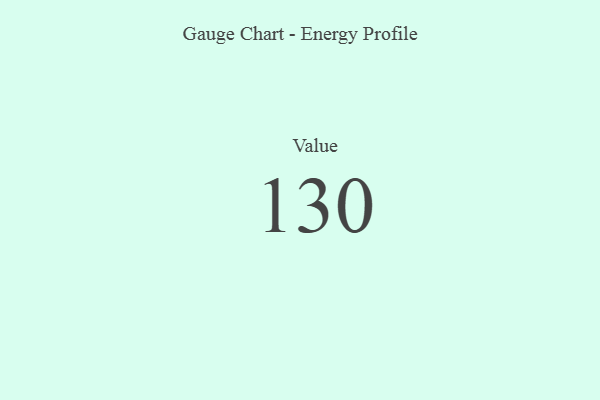
{"axis": {"x": "Metric", "y": "Value"}, "legend": [""], "data": [{"x": "Value", "y": 130, "type": ""}]}